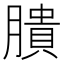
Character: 膭